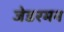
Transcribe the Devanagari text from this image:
जेडरमन